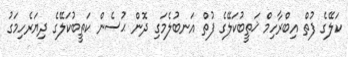
ކަލޭގެ ފުތް އިބްރާހިމް ޚަތީބުކަލޭގެ ފުތް އަނބުލެމަގި ދޮން ޙުސެން ކަތީބުކަލޭގެ ދިޔަރެހިމަގު